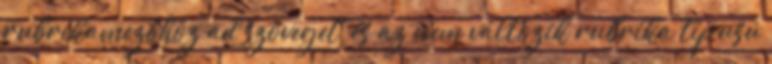
rubrikamezőhöz ad szöveget, és az nem változik rubrika típusú